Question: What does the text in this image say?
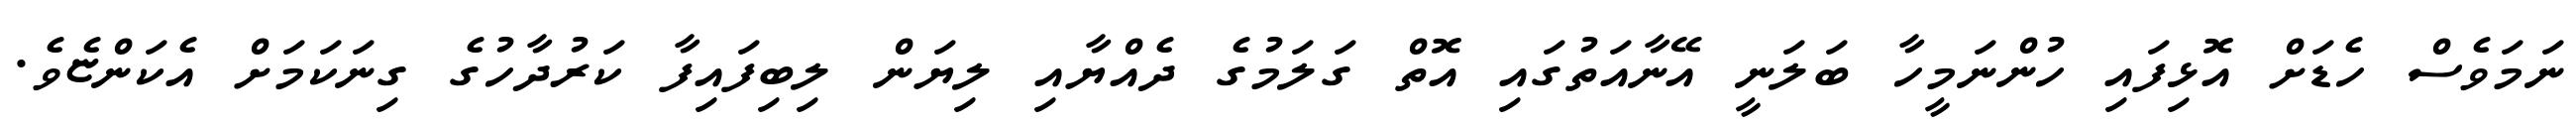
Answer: ނަމަވެސް ހެޑަށް އޮޅިފައި ހުންނަމީހާ ބަލަނީ އޭނާއަތުގައި އޮތް ގަލަމުގެ ދެއްޔާއި ލިޔަން ލިބިފައިފާ ކަރުދާހުގެ ގިނަކަމަށް އެކަންޏެވެ.